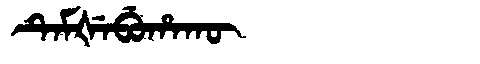
Manchu: ᡨᡝᠮᡧᡝᠪᡠᡥᠠᡴᡡ
Romanization: TEMŠEBUHAKŪ